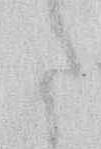
た